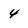
Character: 4